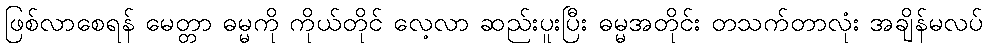
ဖြစ်လာစေရန် မေတ္တာ ဓမ္မကို ကိုယ်တိုင် လေ့လာ ဆည်းပူးပြီး ဓမ္မအတိုင်း တသက်တာလုံး အချိန်မလပ်